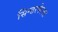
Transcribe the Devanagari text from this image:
सिन्डरफेल्ला